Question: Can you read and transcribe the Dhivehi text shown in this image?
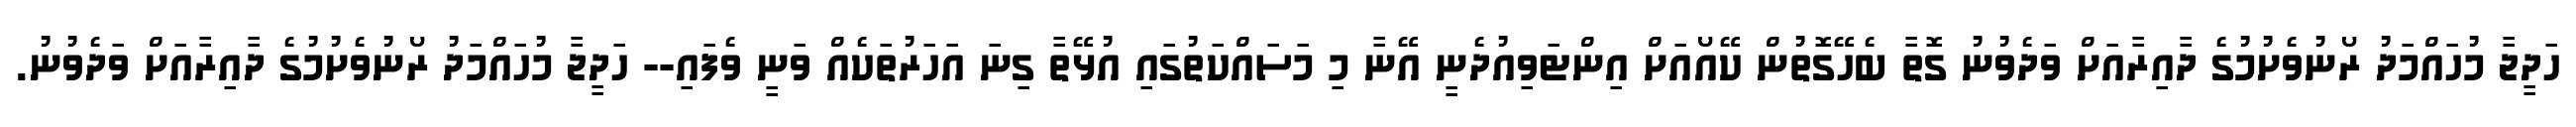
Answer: ހަދީޖާ މުހައްމަދު ރޯނުވެށުމުގެ ދާއިރާއަށް ވަދެވުނު ގޮތާ ބެހޭގޮތުން ކޭއޯއަށް އިންޓަވިއުދެނީ އޭނާ މި މަސައްކަތުގައި އުޅޭތާ ގިނަ އަހަރުތަކެއް ވަނީ ވެފައި-- ހަދީޖާ މުހައްމަދު ރޯނުވެށުމުގެ ދާއިރާއަށް ވަދެވުނު.